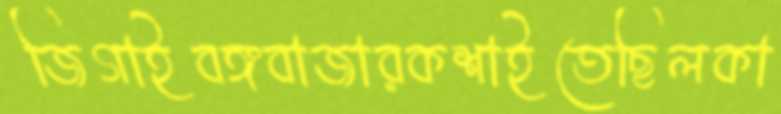
জিগাইবঙ্গবাজারকশাইতেছিলকা